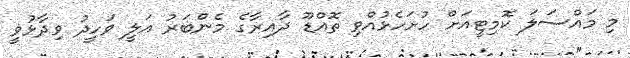
މި މައްސަލަ ކޮމިޓީއަށް ހުށަހެޅުއްވި ތޮއްޑޫ ދާއިރާގެ މެންބަރު އަލީ ވަހީދު ވިދާޅުވީ